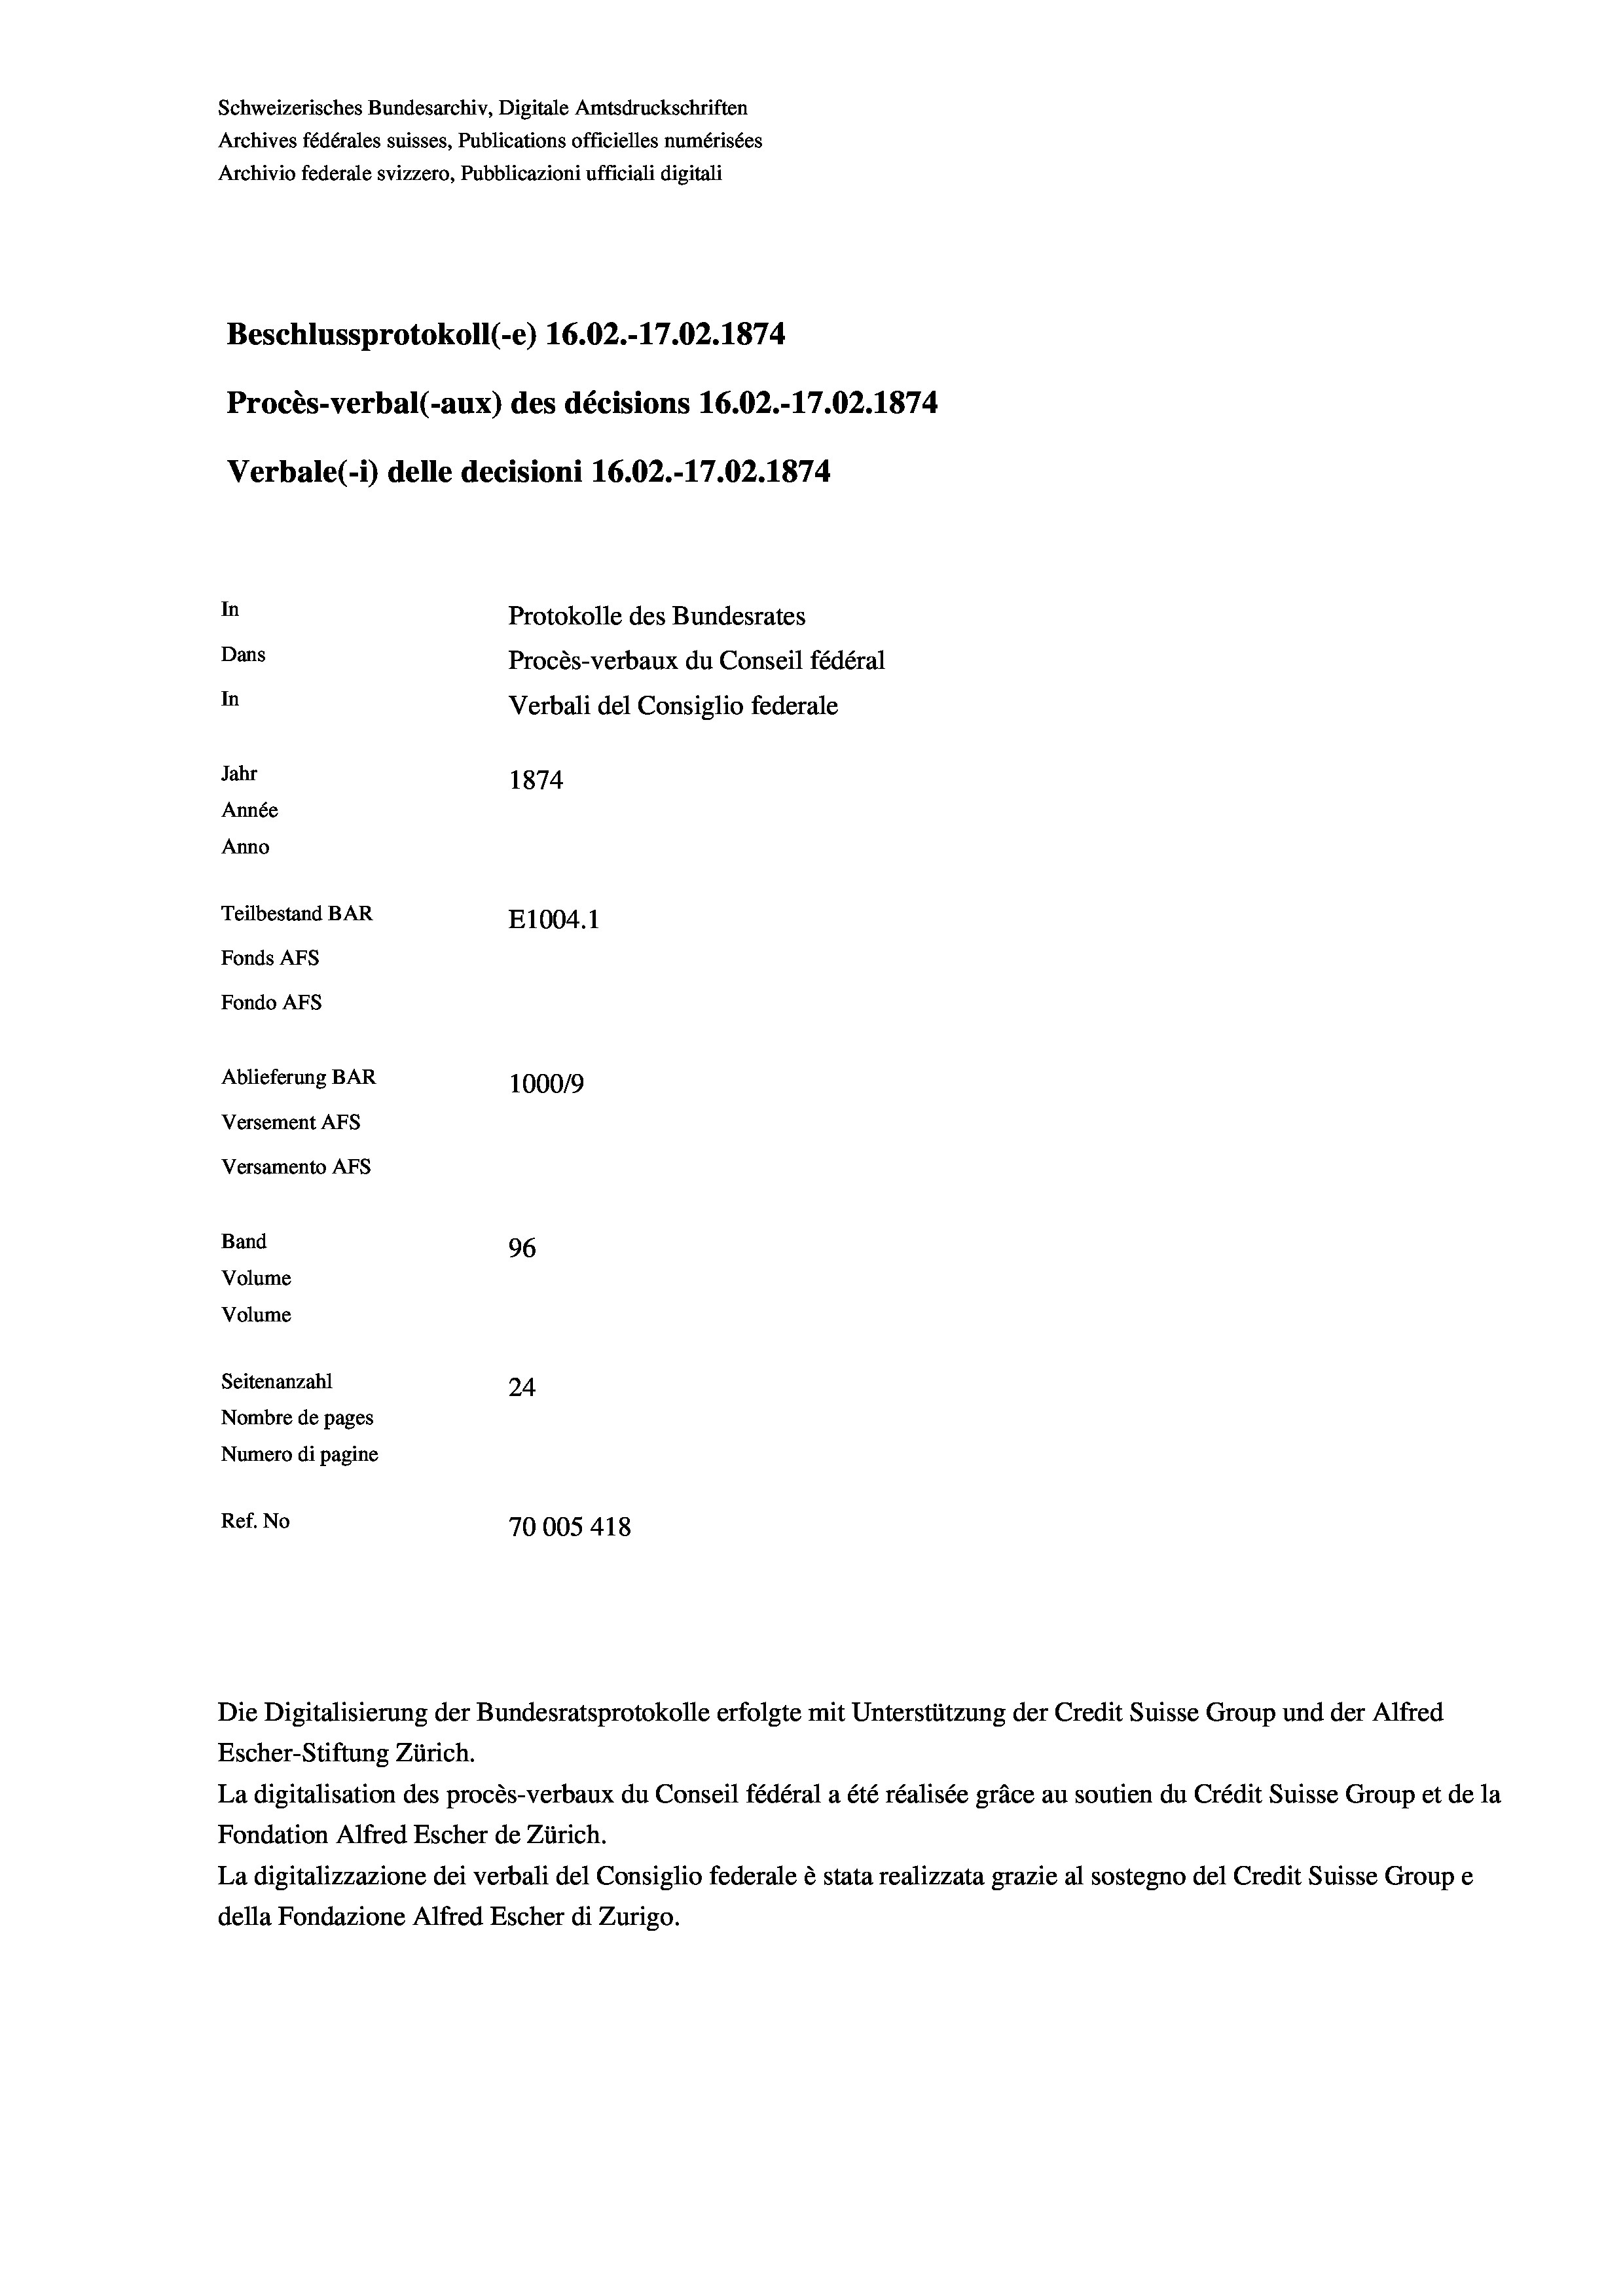
Schweizerisches Bundesarchiv, Digitale Amtsdruckschriften
Archives fédérales suisses, Publications officielles numérisées
Archivio federale svizzero, Pubblicazioni ufficiali digitali
Beschlussprotokoll (-e) 16.02.-17.02. 1874
Procès-verbal (-aux) des décisions 16.02.-17.02. 1874
Verbale(-*) delle decisioni 16.02.-17.02. 1874
In
Protokolle des Bundesrates
Dans
Procès-verbaux du Conseil fédéral
In
Verbali del Consiglio federale
Jahr
1874
Année
Anno
Teilbestand BAR
E1004. 1
Fonds AFs
Fondo AFs
Ablieferung BAR
100019
Versement AFs
Versamento AFs

96
24
Nombre de pages
Numero di pagine
Ref. No
70005 418

Band
Volume

Volume
Seitenanzahl

Escher-Stiftung Zürich.
La digitalisation des procès-verbaux du Conseil fédéral a été réalisée gräce au soutien du Crédit Suisse Group et de la
Fondation Alfred Escher de Zürich.
La digitalizzazione dei verbali del Consiglio federale è stata realizzata grazie al sostegno del Credit Suisse Groupe
della Fondazione Alfred Escher di Zurigo.

Die Digitalisierung der Bundesratsprotokolle erfolgte mit Unterstützung der Credit Suisse Group und der Alfred